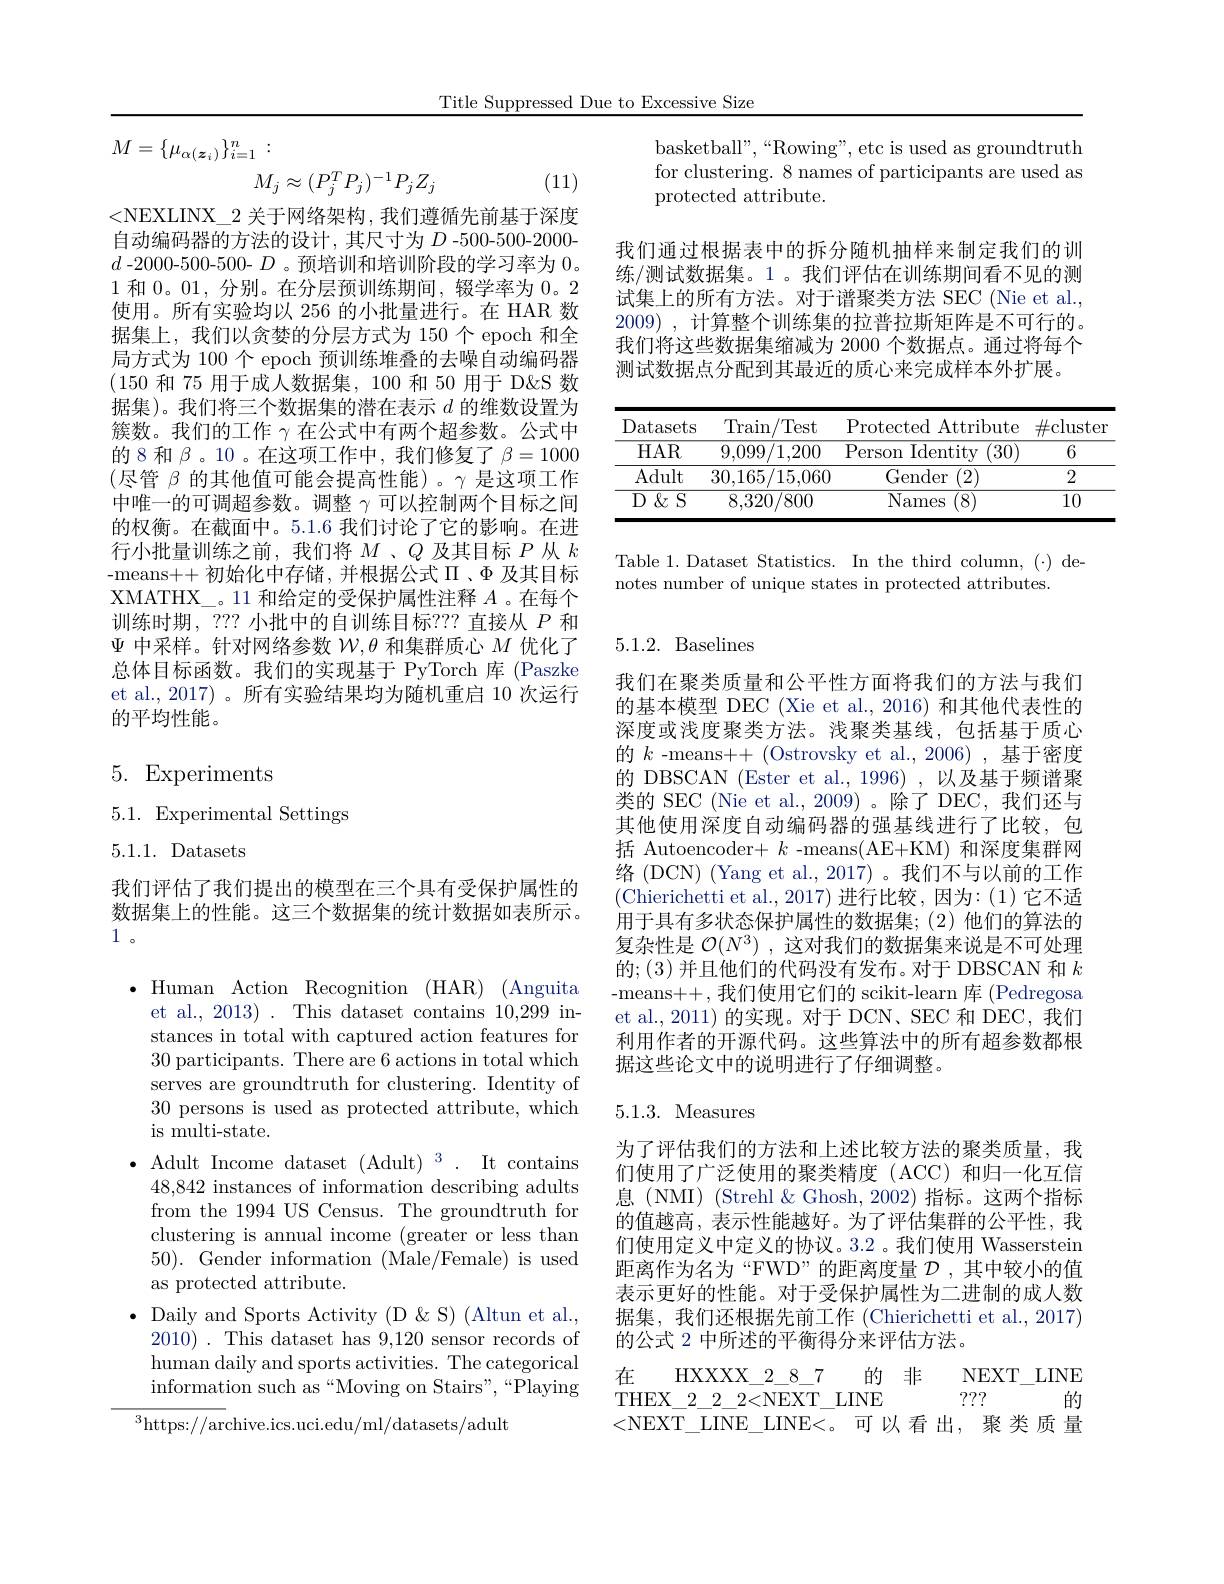
Title Suppressed Due to Excessive Size
$$M=\{\mu_{\alpha(\boldsymbol{z}_{i})}\}_{i=1}^{n}:\\M_{j}\approx(P_{j}^{T}P_{j})^{-1}P_{j}Z_{j}$$
(11)

<NEXLINX\_2 关于网络架构，我们遵循先前基于深度自动编码器的方法的设计，其尺寸为$D$ -500-500-2000- $d$ -2000-500-500- $D$ 。预培训和培训阶段的学习率为0。1和0。01,分别。在分层预训练期间，辍学率为0。2使用。所有实验均以 256 的小批量进行。在 HAR 数据集上，我们以贪婪的分层方式为 150 个 epoch 和全局方式为 100 个 epoch 预训练堆叠的去噪自动编码器(150和 75 用于成人数据集，100 和 50 用于 D'' 据集)。我们将三个数据集的潜在表示$d$的维数设置为簇数。我们的工作$\gamma$在公式中有两个超参数。公式中的 8 和$\beta$。10 。在这项工作中，我们修复了$\beta=1000$ (尽管$\beta$的其他值可能会提高性能)。$\gamma$是这项工作中唯一的可调超参数。调整$\gamma$可以控制两个目标之间的权衡。在截面中。5.1.6 我们讨论了它的影响。在进行小批量训练之前，我们将$M$ 、$Q$及其目标$P$从$k$ -means++初始化中存储，并根据公式$\Pi$、$\Phi$及其目标XMATHX\_。11 和给定的受保护属性注释$A$ 。在每个训练时期，??? 小批中的自训练目标？?? 直接从$P$和$\Psi$中采样。针对网络参数$\mathcal{W},\theta$和集群质心$M$优化了总体目标函数。我们的实现基于 PyTorch 库 (Paszke et al.,2017) 。所有实验结果均为随机重启 10 次运行的平均性能。

5. Experiments

$5.1.~$Experimental Settings
5.1.1.Datasets

我们评估了我们提出的模型在三个具有受保护属性的数据集上的性能。这三个数据集的统计数据如表所示。1。

$\bullet$ Human Action Recognition (HAR) (Anguita
et al., 2013) . This dataset contains 10,299 instances in total with captured action features for 30 participants. There are 6 actions in total which serves are groundtruth for clustering. Identity of 30 persons is used as protected attribute, which ${\mathrm{is~multi-state.}}$
$\bullet$ Adult Income dataset (Adult)$^3.$ It contains
48,842 instances of information describing adults from the 1994 US Census. The groundtruth for clustering is annual income (greater or less than 50). Gender information (Male/Female) is used as protected attribute.
$\bullet$ Daily and Sports Activity (D&S) (Altun et al.,
2010). This dataset has 9,120 sensor records of human daily and sports activities. The categorical information such as“Moving on Stairs”,“Playing

$^3$https://archive.ics.uci.edu/ml/datasets/adult

basketball",“Rowing”, etc is used as groundtruth for clustering. 8 names of participants are used as protected attribute.

我们通过根据表中的拆分随机抽样来制定我们的训练/测试数据集。1。我们评估在训练期间看不见的测试集上的所有方法。对于谱聚类方法 SEC (Nie et al. 2009) , 计算整个训练集的拉普拉斯矩阵是不可行的。我们将这些数据集缩减为 2000 个数据点。通过将每个测试数据点分配到其最近的质心来完成样本外扩展。

<table>
	<tbody>
		<tr>
			<th>Datasets</th>
			<th>Train $^{\prime }$Test</th>
			<th>Protected Attribute</th>
			<th>$\#$cluster</th>
		</tr>
		<tr>
			<td>$HAR$</td>
			<td>9,099/1,200</td>
			<td>Person Identity (30)</td>
			<td>6</td>
		</tr>
		<tr>
			<td>Adult</td>
			<td>30,165/15,060</td>
			<td>Gender (2) 11</td>
			<td>2</td>
		</tr>
		<tr>
			<td>$\overline{{\mathrm{D~\&~S}}}$</td>
			<td>8,320/800</td>
			<td>$\overline{\mathrm{Names}}$ 8)</td>
			<td>10</td>
		</tr>
	</tbody>
</table>

Table 1. Dataset Statistics. In the third column, (·) de-
notes number of unique states in protected attributes.

## 5.1.2. Baselines

我们在聚类质量和公平性方面将我们的方法与我们的基本模型 DEC (Xie et al., 2016) 和其他代表性的深度或浅度聚类方法。浅聚类基线，包括基于质心的$k$ -means++ (Ostrovsky et al.,2006),基于密度的 DBSCAN (Ester et al., 1996) ,以及基于频谱聚类的 SEC (Nie et al.,2009)。除了DEC，我们还与其他使用深度自动编码器的强基线进行了比较，包括 Autoencoder+ $k$ -means(AE+KM) 和深度集群网络 (DCN) (Yang et al., 2017) 。我们不与以前的工作(Chierichetti et al.,2017)进行比较，因为：(1)它不适用于具有多状态保护属性的数据集；(2)他们的算法的复杂性是$\mathcal{O}(N^3)$ ,这对我们的数据集来说是不可处理的；(3) 并且他们的代码没有发布。对于 DBSCAN 和 $k$ -means++,我们使用它们的 scikit-learn 库 (Pedregosa et al., 2011) 的实现。对于 DCN、SEC 和 DEC, 我们利用作者的开源代码。这些算法中的所有超参数都根据这些论文中的说明进行了仔细调整。

# 5.1.3. Measures

为了评估我们的方法和上述比较方法的聚类质量，我们使用了广泛使用的聚类精度(ACC)和归一化互信息 (NMI) (Strehl & Ghosh, 2002) 指标。这两个指标的值越高，表示性能越好。为了评估集群的公平性，我们使用定义中定义的协议。3.2 。我们使用 Wasserstein 距离作为名为“FWD”的距离度量$\mathcal{D}$,其中较小的值表示更好的性能。对于受保护属性为二进制的成人数据集，我们还根据先前工作 (Chierichetti et al.,2017) 的公式 2 中所述的平衡得分来评估方法。
在
HXXXX\_2\_8\_7 的 非   NEXT\_LINE
???
THEX$\_$2$\_$2$\_$2< NEXT$\_$LINE
的
<NEXT\_LINE\_LINE<。可以看出，聚类质量